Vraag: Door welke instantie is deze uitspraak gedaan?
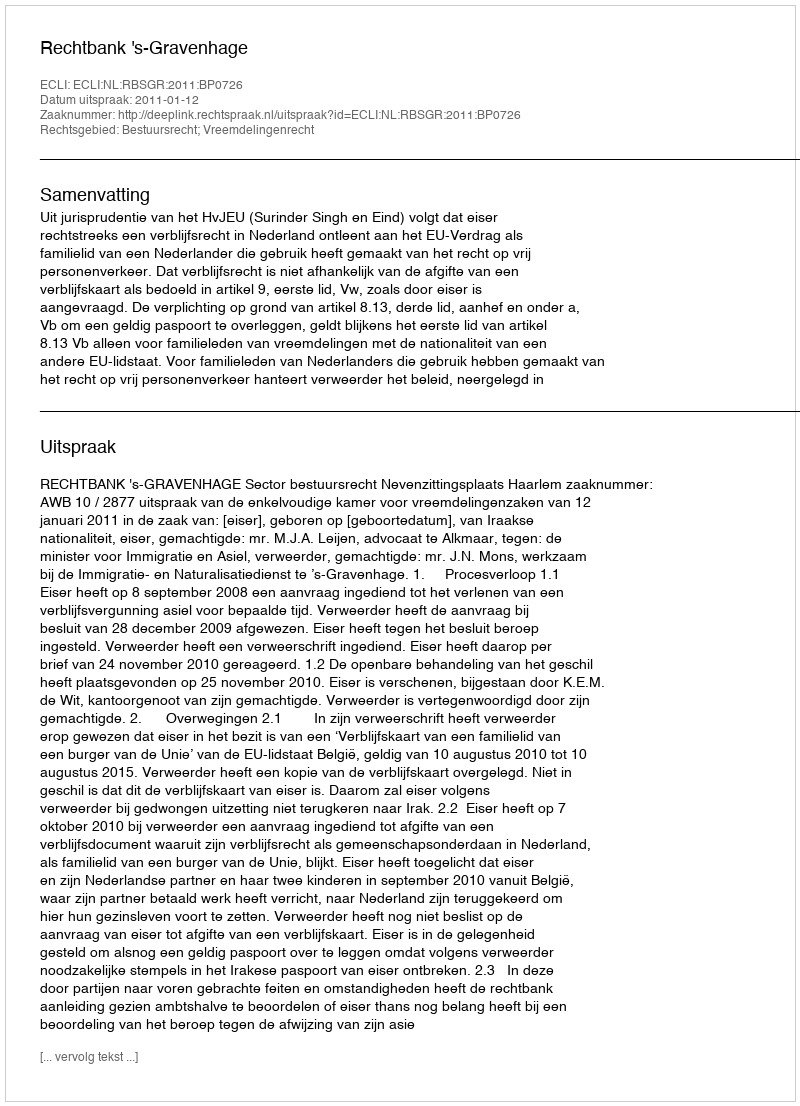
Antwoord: Rechtbank 's-Gravenhage